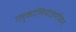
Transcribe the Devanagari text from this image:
ग्लुकोलियोजेनेसिस